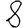
Digit: 8